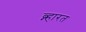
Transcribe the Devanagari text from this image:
ब्न्हारत